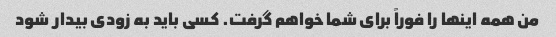
من همه اینها را فوراً برای شما خواهم گرفت. کسی باید به زودی بیدار شود